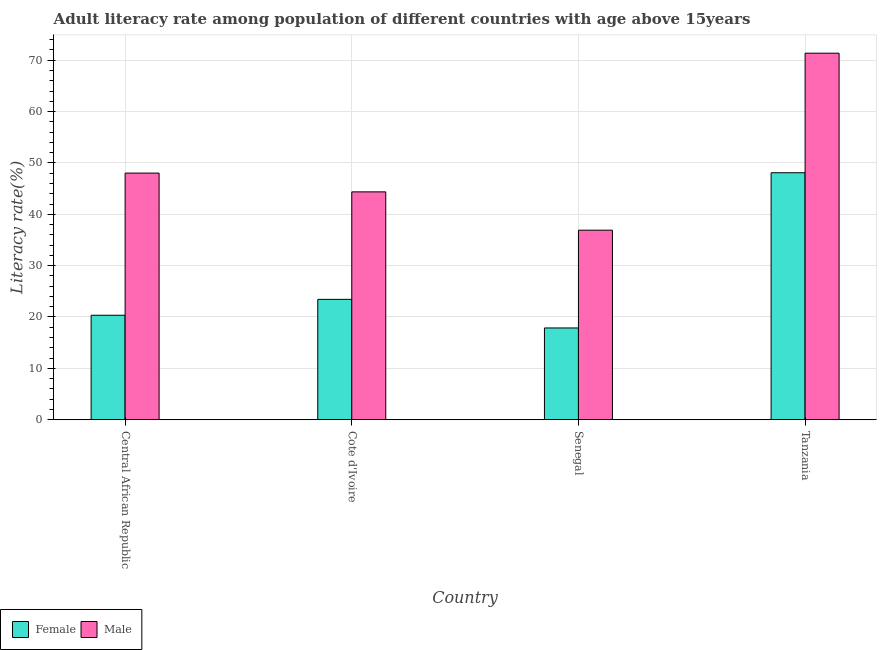
| Country | Female | Male |
 | --- | --- | --- |
 | Central African Republic | 20.3 | 48 |
 | Cote d'Ivoire | 23.4 | 44.4 |
 | Senegal | 17.9 | 36.9 |
 | Tanzania | 48.1 | 71.4 |